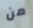
من